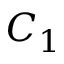
C _ { 1 }